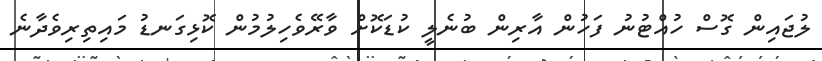
ލުޖައިން ގޮސް ހުއްޓުނު ފަހުން އާރިން ބުނެލީ ކުޑަކޮށް ވާރޭވެހިލުމުން ކޮޅިގަނޑު މައިތިރިވެދާނެ